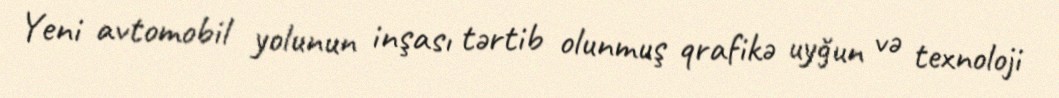
Yeni avtomobil yolunun inşası tərtib olunmuş qrafikə uyğun və texnoloji